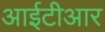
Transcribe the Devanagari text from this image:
आईटीआर